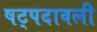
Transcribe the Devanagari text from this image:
षट्पदावली